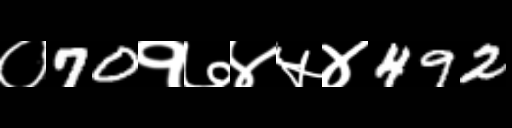
Text: ०70१७४५४492